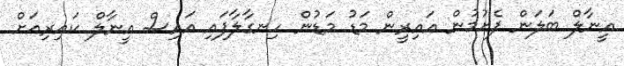
އީނާލް ބަލަން ފެށުމުން އައިރީން މަޑު މަޑުން ހިނގާލާފައި އައިސް އީނާލް ކައިރިއަށް